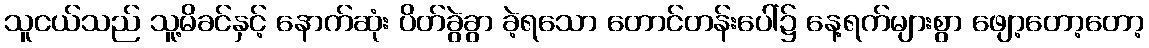
သူငယ်သည် သူ့မိခင်နှင့် နောက်ဆုံး ပိတ်ခွဲခွာ ခဲ့ရသော တောင်တန်းပေါ်၌ နေ့ရက်များစွာ ဖျော့တော့တော့